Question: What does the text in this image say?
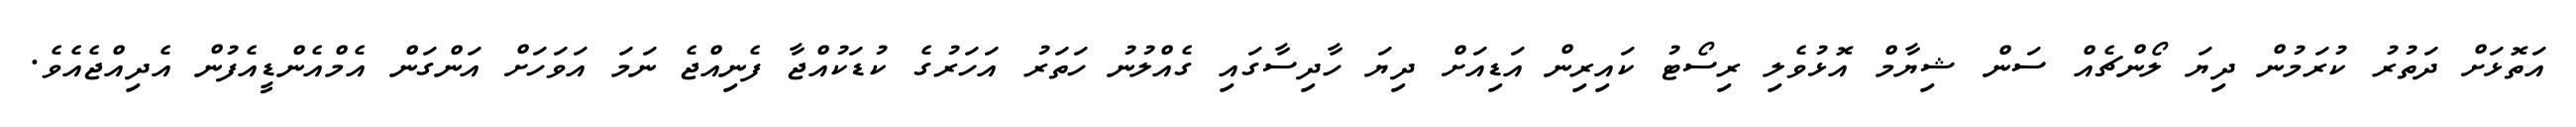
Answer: އަތޮޅަށް ދަތުރު ކުރަމުން ދިޔަ ލޯންޗެއް ސަން ޝިޔާމް އޮޅުވެލި ރިސޯޓު ކައިރިން އަޑިއަށް ދިޔަ ހާދިސާގައި ގެއްލުނު ހަތަރު އަހަރުގެ ކުޑަކުއްޖާ ފެނިއްޖެ ނަމަ އަވަހަށް އަންގަން އެމްއެންޑީއެފުން އެދިއްޖެއެވެ.